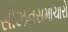
સીઝનસમાચારો